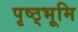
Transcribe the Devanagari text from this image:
पृष्ठ्भूमि